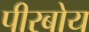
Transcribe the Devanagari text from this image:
पीरबोय